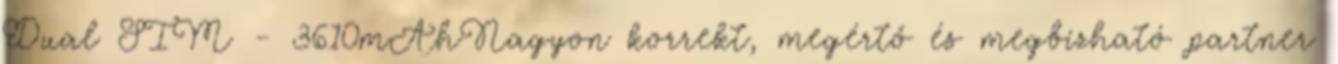
Dual SIM - 3610mAhNagyon korrekt, megértő és megbízható partner